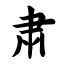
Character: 肃